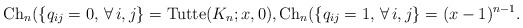
\begin{gather*}{\rm Ch}_n(\{q_{ij}=0, \, \forall\, i,j\}= {\rm Tutte}(K_n;x, 0), {\rm Ch}_n(\{q_{ij}=1, \,\forall\, i,j\} = (x-1)^{n-1}.\end{gather*}